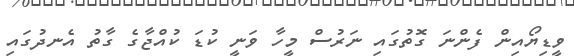
ވީޑިޔޯއިން ފެންނަ ގޮތުގައި ނަރުސް މީހާ ވަނީ ކުޑަ ކުއްޖާގެ ގާތު އެނދުގައި